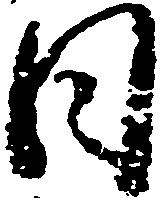
日